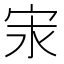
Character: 𭓢